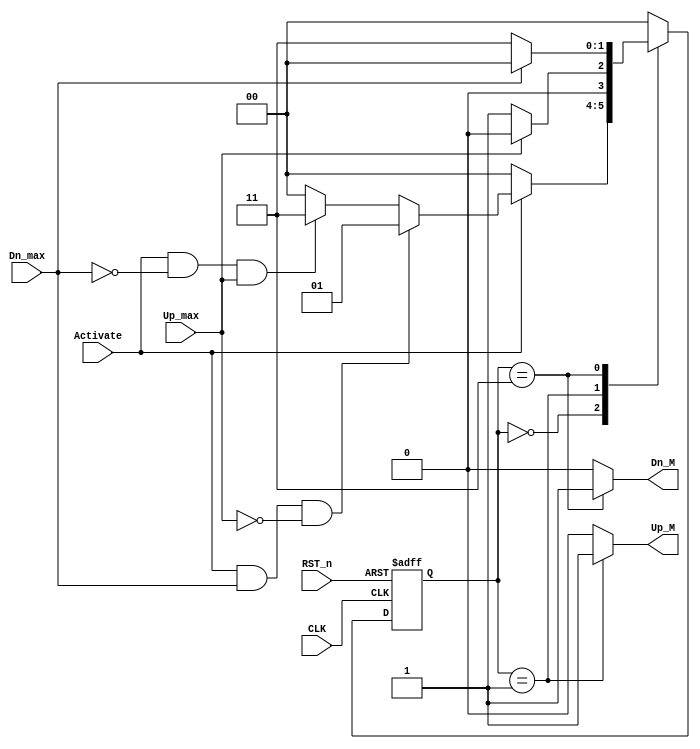
`timescale 1ns / 1ps

//////////////////////////////////////////////////////////////////////////////////
// Diploma: By Eng. Ali Mohamed Eltemsah
// Design Name: DigIC_Dip08_09_V_W4
// Module Name: Auto_Garage_Door_Controller
// Project Name: Assignment 5.1
//////////////////////////////////////////////////////////////////////////////////


module Auto_Garage_Door_Controller(
    input   wire    Up_max, Dn_max, Activate,
    input   wire    CLK, RST_n,
    output  reg     Up_M, Dn_M
    );
    
    localparam [1 : 0]  IDLE  = 2'b00,
                        Mv_Up = 2'b01,
                        Mv_Dn = 2'b11;
    reg [1 : 0] state_reg, state_next;
    
    // state register
    always @(posedge CLK, negedge RST_n)
        begin
            if (~RST_n)
                state_reg <= 0;
            else
                state_reg <= state_next;
        end
    // next state logic
    always @(*)
        begin
            case (state_reg)
                IDLE:       if (~Activate)
                                state_next = IDLE; 
                            else if (Activate && Dn_max && ~Up_max)
                                state_next = Mv_Up;
                            else if (Activate && ~Dn_max && Up_max)
                                state_next = Mv_Dn;
                            else
                                state_next = IDLE; 
                Mv_Up:      if (Up_max)
                                state_next = IDLE;
                            else
                                state_next = Mv_Up;
                Mv_Dn:      if (Dn_max)
                                state_next = IDLE;
                            else
                                state_next = Mv_Dn;
                default:    state_next = IDLE;
            endcase
        end
    // output logic 
    always @(*)
        begin
            case (state_reg)
                IDLE:       begin
                                Up_M = 1'b0;
                                Dn_M = 1'b0;
                            end
                Mv_Up:      begin
                                Up_M = 1'b1;
                                Dn_M = 1'b0;
                            end
                Mv_Dn:      begin
                                Up_M = 1'b0;
                                Dn_M = 1'b1;
                            end
                default:    begin
                                Up_M = 1'b0;
                                Dn_M = 1'b0;
                            end
            endcase
        end
      
endmodule